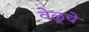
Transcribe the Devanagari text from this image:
वेळूचे